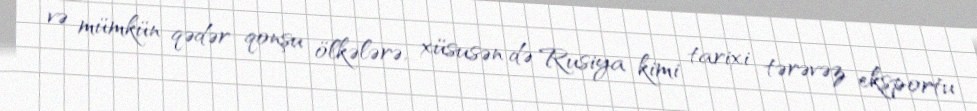
və mümkün qədər qonşu ölkələrə, xüsusən də Rusiya kimi tarixi tərəvəz eksportu